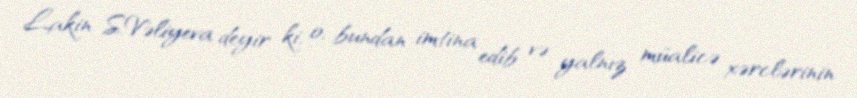
Lakin S.Vəliyeva deyir ki, o, bundan imtina edib və yalnız müalicə xərclərinin